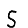
Digit: 5